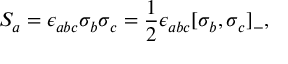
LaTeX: S _ { a } = \epsilon _ { a b c } \sigma _ { b } \sigma _ { c } = \frac { 1 } { 2 } \epsilon _ { a b c } [ \sigma _ { b } , \sigma _ { c } ] _ { - } ,